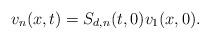
LaTeX: \begin{align*} v_n(x,t)&=S_{d,n}(t,0)v_1(x,0).\end{align*}